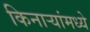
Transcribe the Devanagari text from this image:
किनाऱ्यांमध्ये